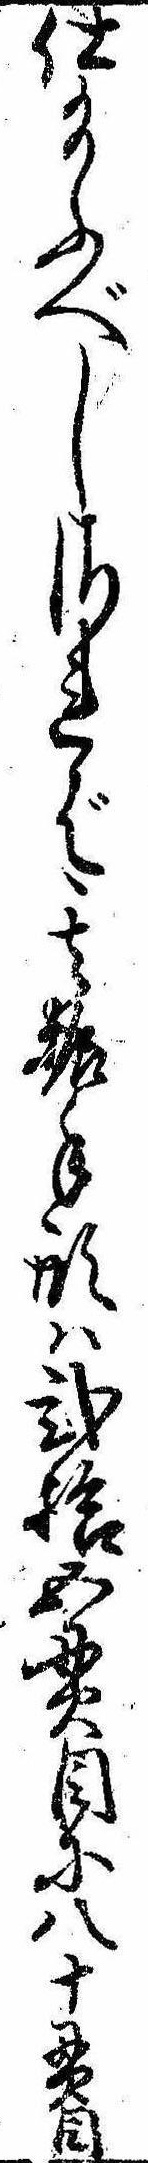
仕給ふべしされば其振手形は弐拾五貫目に八十貫目